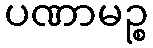
ပဏာမဉ္စ